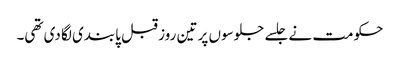
حکومت نے جلسے جلوسوں پر تین روز قبل پابندی لگا دی تھی۔